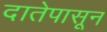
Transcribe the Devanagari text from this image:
दातेपासून